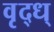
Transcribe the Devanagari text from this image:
वृद्ध्